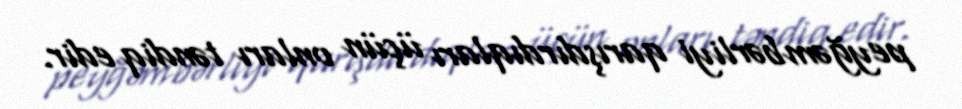
peyğəmbərliyi qarışdırdıqları üçün onları təndiq edir.